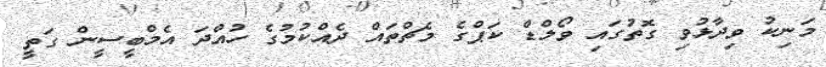
މަނިކު ވިދާޅުވި ގޮތުގައި ވޯލްޑް ކަޕްގެ މެޗްތައް ދެއްކުމުގެ ހުއްދަ އެމްބީސީން ގަތީ